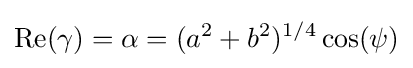
\operatorname {Re} (\gamma )=\alpha =(a^{2}+b^{2})^{1/4}\cos(\psi )